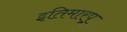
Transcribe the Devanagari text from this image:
इतिमारपू